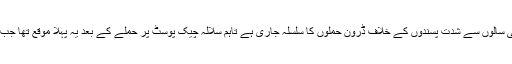
پاکستان کے قبائلی علاقوں میں کئی سالوں سے شدت پسندوں کے خلاف ڈرون حملوں کا سلسلہ جاری ہے تاہم سلالہ چیک پوسٹ پر حملے کے بعد یہ پہلا موقع تھا جب ڈرون حملوں کو روک دیا گیا تھا۔